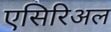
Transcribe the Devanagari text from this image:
एसिरिअल